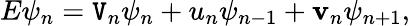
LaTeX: E\psi_{n}=\mathtt{V}_{n}\psi_{n}+u_{n}\psi_{n-1}+\mathbf{v}_{n}\psi_{n+1},